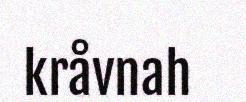
kråvnah